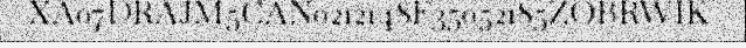
XA07DRAJM5CAN0212148F35052185ZOBRWIK